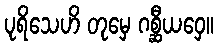
ပုရိသေဟိ တုမှေ ဂစ္ဆီယဝှေ။